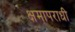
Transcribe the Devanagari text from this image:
क्षमापराधी